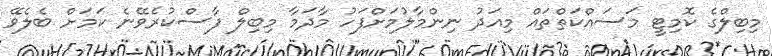
މިބިލްގެ ކޮމިޓީ މަސައްކަތްތައް މިއަދު ނިންމާލުމަށްފަހު މާދަމާ މިބިލް ފާސްކުރެވޭނެ ކަަމަށް ބެލެވޭ